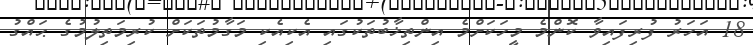
18 އަހަރު ފުރިފައިވާ ކޮންމެ މީހަކަށްމެ އިންތިޚާބުތަކުގައި އެކިއެކި މަގާމުތަކަށް ކުރިމަތިލުމުގެ ޙައްގު